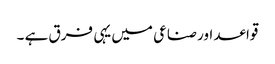
قواعد اور صناعی میں یہی فرق ہے ۔